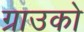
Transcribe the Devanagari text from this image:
ग्राउको